255_413270_UFO's_and_Defense_What_Should_we_Prepare_For
Agency: NASA
Page 4
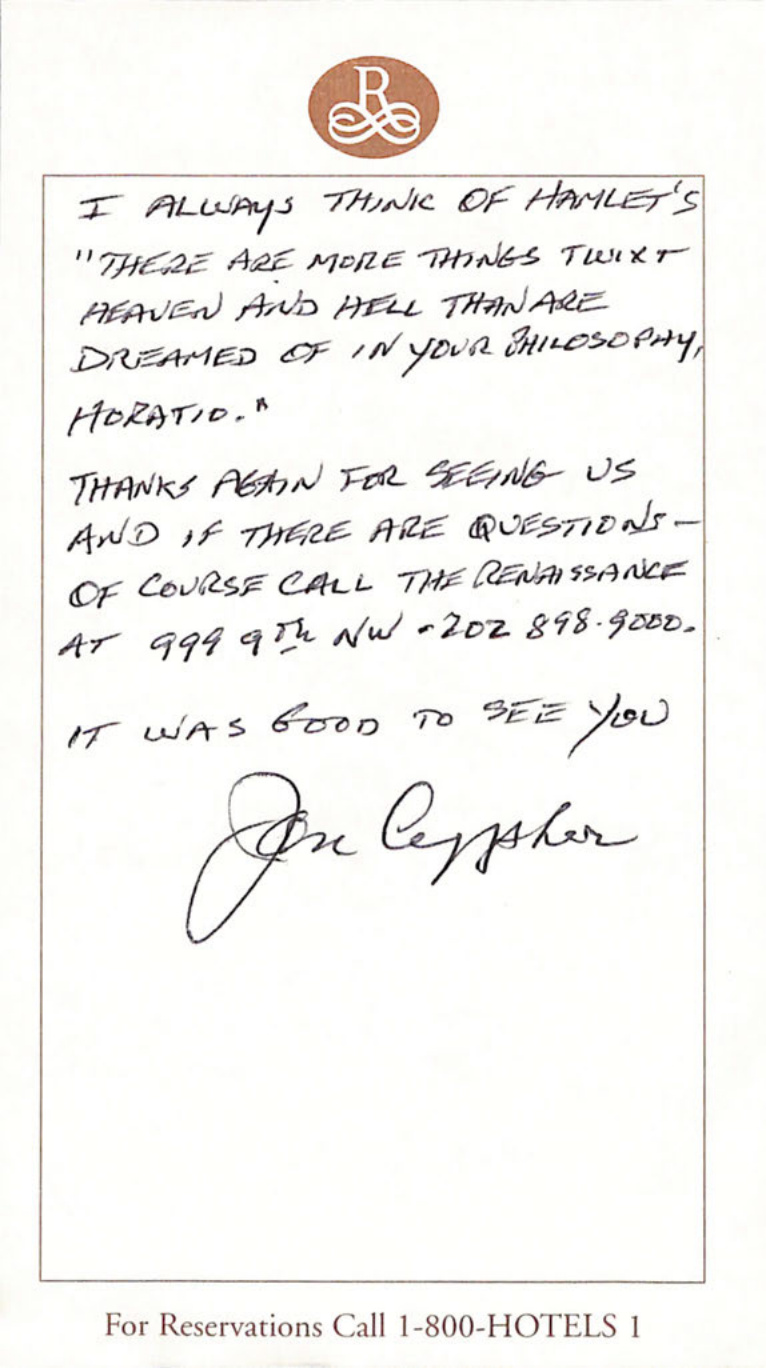